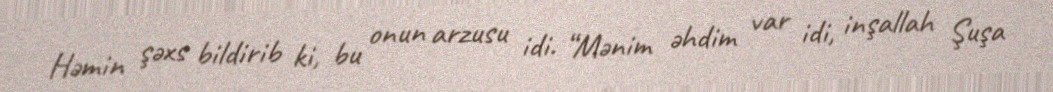
Həmin şəxs bildirib ki, bu onun arzusu idi. “Mənim əhdim var idi, inşallah Şuşa